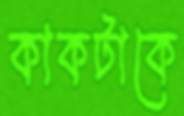
কাকটাকে